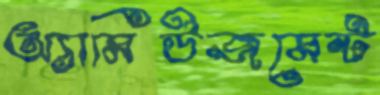
অ্যামিউজমেন্ট